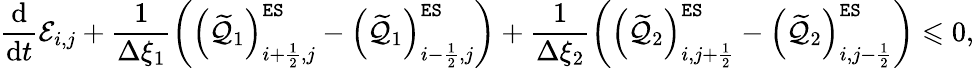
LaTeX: \frac{\mathrm{d}}{\mathrm{d}t}{\mathcal{E}}_{i,j}+\frac{1}{\Delta\xi_{1}}\left(\left({\widetilde{{\mathcal{Q}}}}_{1}\right)_{i+\frac{1}{2},j}^{\tt ES}-\left({\widetilde{{\mathcal{Q}}}}_{1}\right)_{i-\frac{1}{2},j}^{\tt ES}\right)+\frac{1}{\Delta\xi_{2}}\left(\left({\widetilde{{\mathcal{Q}}}}_{2}\right)_{i,j+\frac{1}{2}}^{\tt ES}-\left({\widetilde{{\mathcal{Q}}}}_{2}\right)_{i,j-\frac{1}{2}}^{\tt ES}\right)\leqslant 0,